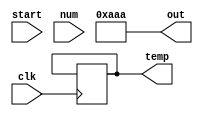
module LSFR(start, num, clk, out, temp);

input start;
input clk;
input [12:0] num;

output [12:0] temp;
output [12:0] out=13'b0101010101010;

//assign n = num;


wire bit;
reg [1:0] f = 01;

assign bit = num[7];

reg [12:0]temp;
reg [12:0]out;

always @ (posedge clk)
  if (out > 00) begin
  out <= out - 1;
  end
  else if (f == 01) begin
  temp[0] <= num[0];
  temp[1] <= num[1];
  temp[2] <= num[2];
  temp[3] <= num[3];
  temp[4] <= num[4];
  temp[5] <= num[5];
  temp[6] <= num[6];
  temp[7] <= num[7];
  temp[8] <= num[8];
  temp[9] <= num[9];
  temp[10] <= num[10];
  temp[11] <= num[11];
  temp[12] <= num[12];
  
  temp[1] <= temp[0];
  temp[2] <= temp[1] ^ bit;
  temp[3] <= temp[2];
  temp[4] <= temp[3] ^ bit;
  temp[5] <= temp[4];
  temp[6] <= temp[5] ^ bit;
  temp[7] <= temp[6];
  temp[8] <= temp[7] ^ bit;
  temp[9] <= temp[8];
  temp[10] <= temp[9] ^ bit;
  temp[11] <= temp[10];
  temp[12] <= temp[11];
  f <= 00;
  out <= temp;
  end   
endmodule